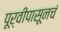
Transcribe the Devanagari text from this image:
पूर्वीपासूनचं